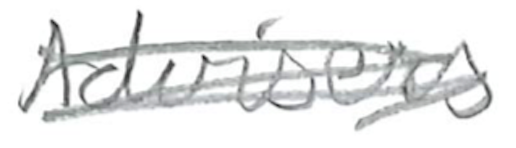
Text: Advisers
Cross-out: scratch
Writing tool: pencil